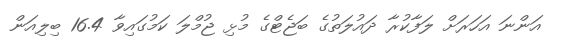
އަންނަ އަހަރަށް ލަފާކުރާ ދައުލަތުގެ ބަޖެޓްގެ މުޅި ޖުމްލަ ކަމުގައިވާ 16.4 ބިލިއަން